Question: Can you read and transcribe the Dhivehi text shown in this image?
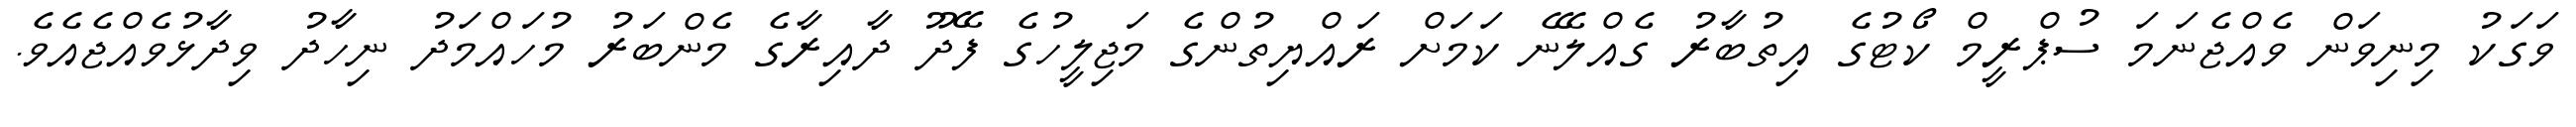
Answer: ވަގަކު މިނިވަން ވެއްޖެނަމަ ސުޕްރީމް ކޯޓުގެ އިތުބާރު ގެއްލޭނެ ކަމަށް ރައްޔިތުންގެ މަޖިލީހުގެ ފޭދޫ ދާއިރާގެ މެންބަރު މުހައްމަދު ނިހާދު ވިދާޅުވެއްޖެއެވެ.